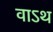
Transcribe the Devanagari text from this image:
वाऽथ